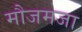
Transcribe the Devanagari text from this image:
मौजमजा